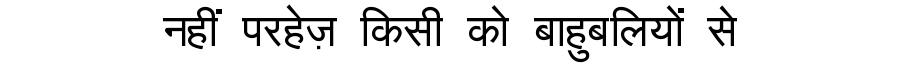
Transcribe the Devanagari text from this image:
नहीं परहेज़ किसी को बाहुबलियों से